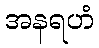
အနရဟံ